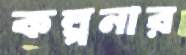
কল্পনার